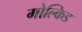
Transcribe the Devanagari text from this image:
गोल्किड